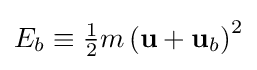
{\textstyle E_{b}\equiv {\frac {1}{2}}m\left(\mathbf {u} +\mathbf {u} _{b}\right)^{2}}